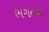
ભગતના